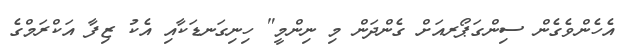
އެހެންވެގެން ސިންގަޕޯރއަށް ގެންދަން މި ނިންމީ" ހިނިގަނޑަކާއި އެކު ޒިފާ އަކްރަމްގެ